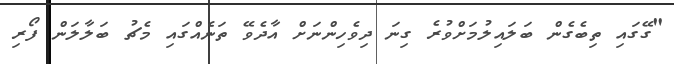
"ގޭގައި ތިބެގެން ބަލައިލުމަށްވުރެ ގިނަ ދިވެހިންނަށް އާދެވޭ ތަނެއްގައި މެޗު ބަލާލަން ފޯރި